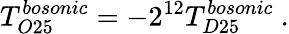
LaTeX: T_{O25}^{bosonic}=-2^{12}T_{D25}^{bosonic}\ .